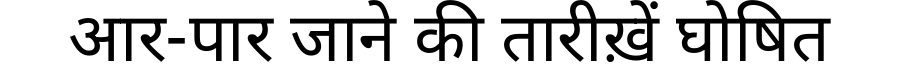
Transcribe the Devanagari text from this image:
आर-पार जाने की तारीख़ें घोषित